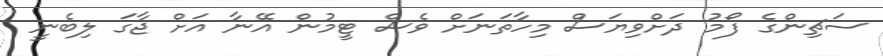
ސަޗިންގެ ފޯމު ދަށްވިޔަސް މިހާތަނަށް ވެސް ޓީމުން އޭނާ އަށް ޖާގަ ލިބެނީ